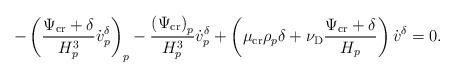
LaTeX: \begin{align*} -\left(\dfrac{\Psi_{\textup{cr}}+\delta}{H_p^3}\dot{v}_p^{\delta}\right)_p-\dfrac{\left(\Psi_{\textup{cr}}\right)_p}{H_p^3}\dot{v}_p^{\delta}+\left(\mu_{\textup{cr}} \rho_p \delta+\nu_{\mathrm{D}}\dfrac{\Psi_{\textup{cr}}+\delta}{H_p}\right)\dot{v}^{\delta}=0. \end{align*}